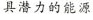
具潜力的能源